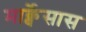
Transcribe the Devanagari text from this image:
मार्क्वेसास